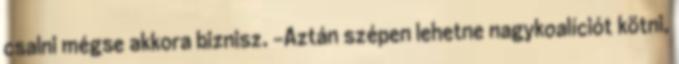
csalni mégse akkora biznisz. -Aztán szépen lehetne nagykoalíciót kötni,